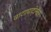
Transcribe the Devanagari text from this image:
वाटाघाटीनंतर